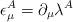
LaTeX: \begin{align*}\epsilon^A_\mu = \partial_\mu \lambda^A\end{align*}